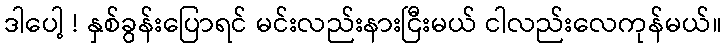
ဒါပေါ့ ! နှစ်ခွန်းပြောရင် မင်းလည်းနားငြီးမယ် ငါလည်းလေကုန်မယ်။